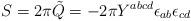
LaTeX: \begin{align*}S=2\pi\tilde{Q}=-2\pi Y^{abcd}\epsilon_{ab}{\epsilon}_{cd}\end{align*}